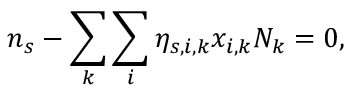
{ n _ { s } } - \sum _ { k } { \sum _ { i } { { \eta _ { s , i , k } } { x _ { i , k } } { N _ { k } } } } = 0 ,